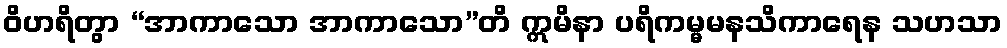
ဝိဟရိတွာ “အာကာသော အာကာသော”တိ ဣမိနာ ပရိကမ္မမနသိကာရေန သဟသာ